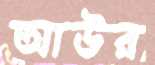
আউর